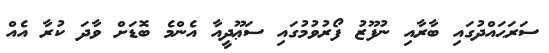
ސަރަޙައްދުގައި ބާރާއި ނުފޫޒު ފޯރުވުމުގައި ސަޢޫދީއާ އެންމެ ބޮޑަށް ވާދަ ކުރާ އެއް